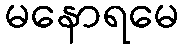
မနောရမေ